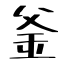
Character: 釜